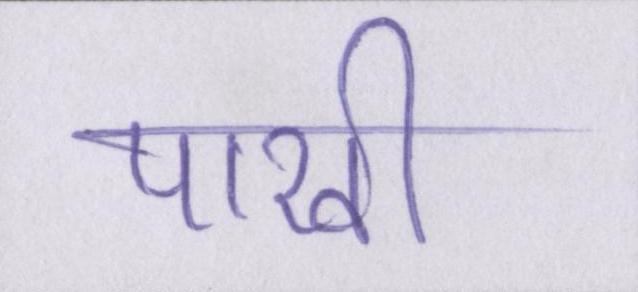
पाखी